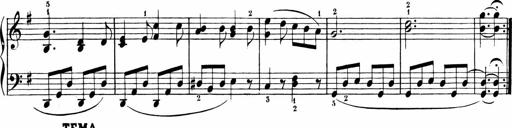
Title: 6 Liedersonatinen
Composer: Carl Reinecke